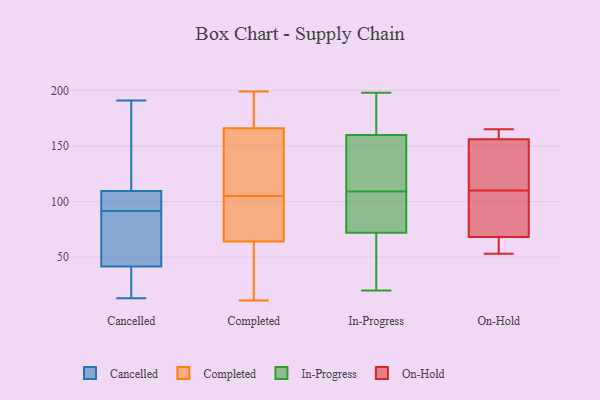
{"axis": {"x": "Headcount", "y": "Value"}, "legend": ["Cancelled", "Completed", "In-Progress", "On-Hold"], "data": [{"x": "", "y": 105, "type": "Cancelled"}, {"x": "", "y": 100, "type": "Cancelled"}, {"x": "", "y": 159, "type": "Cancelled"}, {"x": "", "y": 141, "type": "Cancelled"}, {"x": "", "y": 58, "type": "Cancelled"}, {"x": "", "y": 34, "type": "Cancelled"}, {"x": "", "y": 13, "type": "Cancelled"}, {"x": "", "y": 93, "type": "Cancelled"}, {"x": "", "y": 84, "type": "Cancelled"}, {"x": "", "y": 70, "type": "Cancelled"}, {"x": "", "y": 95, "type": "Cancelled"}, {"x": "", "y": 23, "type": "Cancelled"}, {"x": "", "y": 114, "type": "Cancelled"}, {"x": "", "y": 49, "type": "Cancelled"}, {"x": "", "y": 191, "type": "Cancelled"}, {"x": "", "y": 15, "type": "Cancelled"}, {"x": "", "y": 32, "type": "Cancelled"}, {"x": "", "y": 96, "type": "Cancelled"}, {"x": "", "y": 144, "type": "Cancelled"}, {"x": "", "y": 90, "type": "Cancelled"}, {"x": "", "y": 38, "type": "Completed"}, {"x": "", "y": 109, "type": "Completed"}, {"x": "", "y": 195, "type": "Completed"}, {"x": "", "y": 150, "type": "Completed"}, {"x": "", "y": 166, "type": "Completed"}, {"x": "", "y": 99, "type": "Completed"}, {"x": "", "y": 199, "type": "Completed"}, {"x": "", "y": 163, "type": "Completed"}, {"x": "", "y": 122, "type": "Completed"}, {"x": "", "y": 34, "type": "Completed"}, {"x": "", "y": 101, "type": "Completed"}, {"x": "", "y": 196, "type": "Completed"}, {"x": "", "y": 99, "type": "Completed"}, {"x": "", "y": 64, "type": "Completed"}, {"x": "", "y": 178, "type": "Completed"}, {"x": "", "y": 13, "type": "Completed"}, {"x": "", "y": 71, "type": "Completed"}, {"x": "", "y": 11, "type": "Completed"}, {"x": "", "y": 126, "type": "In-Progress"}, {"x": "", "y": 94, "type": "In-Progress"}, {"x": "", "y": 124, "type": "In-Progress"}, {"x": "", "y": 86, "type": "In-Progress"}, {"x": "", "y": 20, "type": "In-Progress"}, {"x": "", "y": 139, "type": "In-Progress"}, {"x": "", "y": 72, "type": "In-Progress"}, {"x": "", "y": 160, "type": "In-Progress"}, {"x": "", "y": 55, "type": "In-Progress"}, {"x": "", "y": 193, "type": "In-Progress"}, {"x": "", "y": 73, "type": "In-Progress"}, {"x": "", "y": 196, "type": "In-Progress"}, {"x": "", "y": 198, "type": "In-Progress"}, {"x": "", "y": 48, "type": "In-Progress"}, {"x": "", "y": 165, "type": "On-Hold"}, {"x": "", "y": 133, "type": "On-Hold"}, {"x": "", "y": 68, "type": "On-Hold"}, {"x": "", "y": 160, "type": "On-Hold"}, {"x": "", "y": 117, "type": "On-Hold"}, {"x": "", "y": 66, "type": "On-Hold"}, {"x": "", "y": 53, "type": "On-Hold"}, {"x": "", "y": 98, "type": "On-Hold"}, {"x": "", "y": 156, "type": "On-Hold"}, {"x": "", "y": 103, "type": "On-Hold"}]}